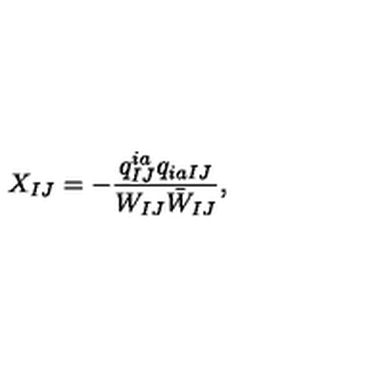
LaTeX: X _ { I J } = - \frac { q _ { I J } ^ { i a } q _ { i a I J } } { W _ { I J } \bar { W } _ { I J } } ,